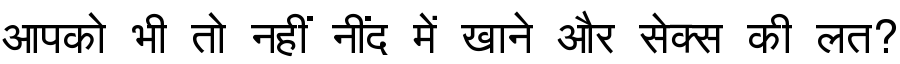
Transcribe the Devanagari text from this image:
आपको भी तो नहीं नींद में खाने और सेक्स की लत?